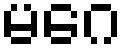
မဂေ